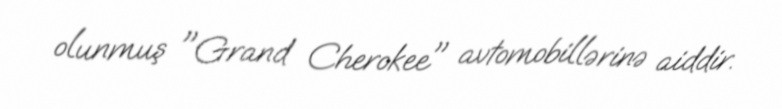
olunmuş "Grand Cherokee" avtomobillərinə aiddir.